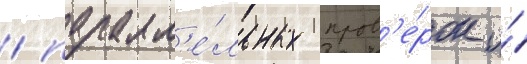
/ паралл'е́льных пров'е́рок и́